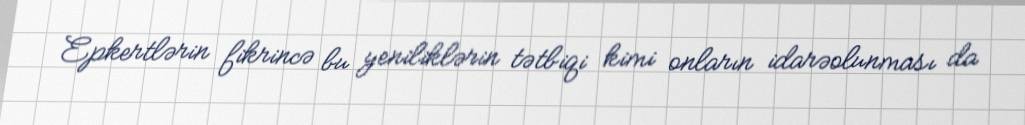
Epkertlərin fikrincə bu yeniliklərin tətbiqi kimi onların idarəolunması da